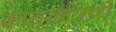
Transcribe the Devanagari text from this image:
कायृकारिणी